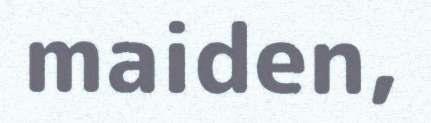
maiden,